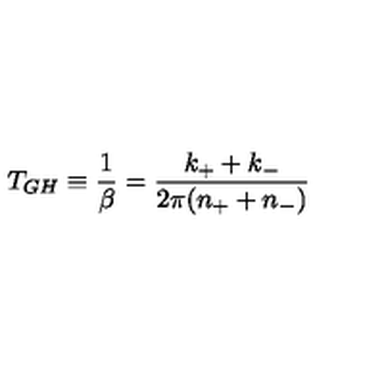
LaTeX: T _ { G H } \equiv \frac { 1 } { \beta } = \frac { k _ { + } + k _ { - } } { 2 \pi ( n _ { + } + n _ { - } ) }